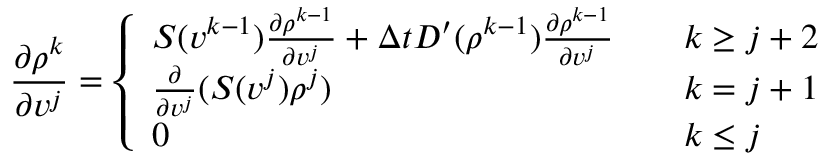
\frac { \partial \rho ^ { k } } { \partial v ^ { j } } = \left\{ \begin{array} { l l } { S ( v ^ { k - 1 } ) \frac { \partial \rho ^ { k - 1 } } { \partial v ^ { j } } + \Delta t D ^ { \prime } ( \rho ^ { k - 1 } ) \frac { \partial \rho ^ { k - 1 } } { \partial v ^ { j } } } & { \quad k \ge j + 2 } \\ { \frac { \partial } { \partial v ^ { j } } ( S ( v ^ { j } ) \rho ^ { j } ) } & { \quad k = j + 1 } \\ { 0 } & { \quad k \le j } \end{array} \right.